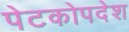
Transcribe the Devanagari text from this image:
पेटकोपदेश